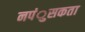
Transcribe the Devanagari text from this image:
नपंुसकता